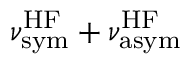
\nu _ { \mathrm { s y m } } ^ { \mathrm { H F } } + \nu _ { \mathrm { a s y m } } ^ { \mathrm { H F } }